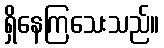
ရှိနေကြသေးသည်။